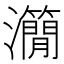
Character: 𤄒